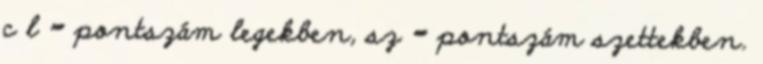
c l = pontszám legekben, sz = pontszám szettekben.